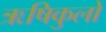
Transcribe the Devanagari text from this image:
ऋषिकुलों